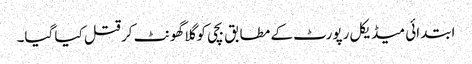
ابتدائی میڈیکل رپورٹ کے مطابق بچی کو گلا گھونٹ کر قتل کیا گیا۔